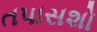
તપાસશો